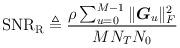
LaTeX: \begin{align*} \mathrm{SNR_R} \triangleq \frac{\rho \sum_{u = 0}^{M - 1} \|{\boldsymbol G}_u\|_F^2}{M N_T N_0}\end{align*}